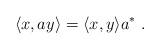
LaTeX: \begin{align*}\langle x,ay\rangle = \langle x,y\rangle a^*\;.\end{align*}